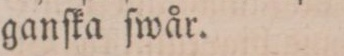
ganſka ſwår.